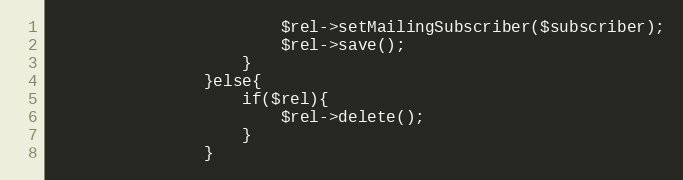
Language: PHP
                        $rel->setMailingSubscriber($subscriber);
                        $rel->save();
                    }
                }else{
                    if($rel){
                        $rel->delete();
                    }
                }